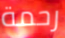
رحمة